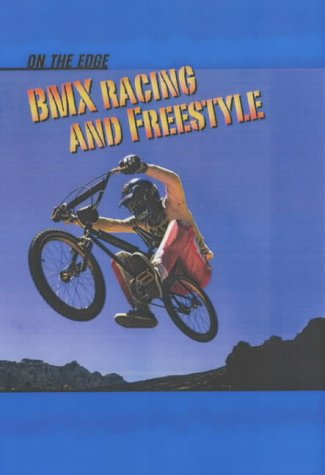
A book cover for BMX Racing and Freestyle (On the Edge); Julie Nelson; Children's Books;